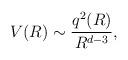
LaTeX: \begin{align*}V(R)\sim\frac{q^2(R)}{R^{d-3}},\end{align*}